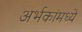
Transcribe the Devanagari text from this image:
अर्भकांमध्ये